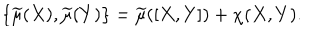
LaTeX: \{ \widetilde { \mu } ( X ) , \widetilde { \mu } ( Y ) \} = \widetilde { \mu } ( [ X , Y ] ) + \chi ( X , Y ) .